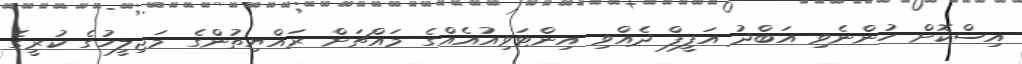
އިސްކޮށް ހުންނެވި އަބްދު އަފީފް ދެއްވި އިންޓަވިއުއެއްގެ މައްޗަށް ރައްޔިތުންގެ މަޖިލީހުގެ ކުރީގެ